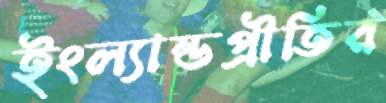
ইংল্যান্ডপ্রীতির